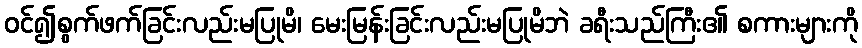
ဝင်၍စွက်ဖက်ခြင်းလည်းမပြုမိ၊ မေးမြန်းခြင်းလည်းမပြုမိဘဲ ခရီးသည်ကြီး၏ စကားများကို